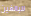
للبالغين